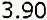
3.90